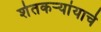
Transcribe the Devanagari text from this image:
शेतकर्‍यांयाचे